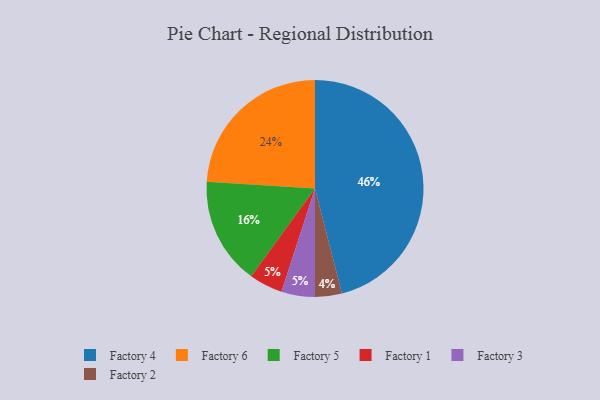
{"axis": {"x": "Category", "y": "Percentage"}, "legend": ["Factory 1", "Factory 2", "Factory 3", "Factory 4", "Factory 5", "Factory 6"], "data": [{"x": "Factory 1", "y": 5, "type": "Factory 1"}, {"x": "Factory 5", "y": 16, "type": "Factory 5"}, {"x": "Factory 4", "y": 46, "type": "Factory 4"}, {"x": "Factory 6", "y": 24, "type": "Factory 6"}, {"x": "Factory 2", "y": 4, "type": "Factory 2"}, {"x": "Factory 3", "y": 5, "type": "Factory 3"}]}